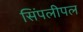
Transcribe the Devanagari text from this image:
सिंपलीपल